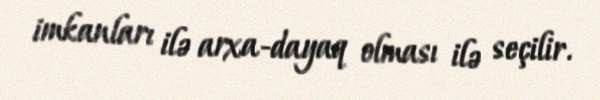
imkanları ilə arxa-dayaq olması ilə seçilir.